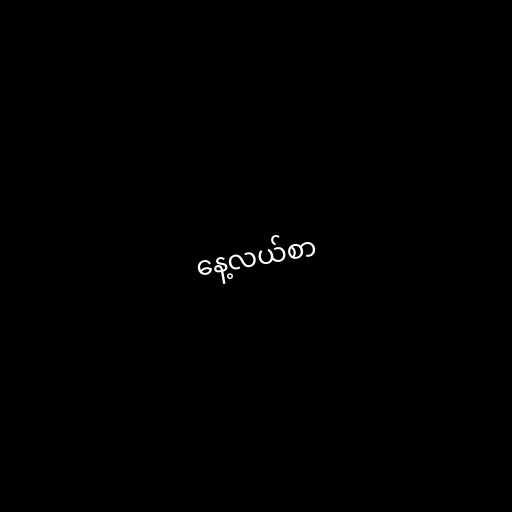
နေ့လယ်စာ